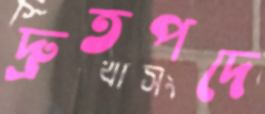
দ্রুতপদে